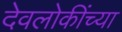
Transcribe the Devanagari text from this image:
देवलोकींच्या